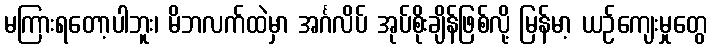
မကြားရတော့ပါဘူး၊ မိဘလက်ထဲမှာ အင်္ဂလိပ် အုပ်စိုးချိန်ဖြစ်လို့ မြန်မာ့ ယဉ်ကျေးမှုတွေ